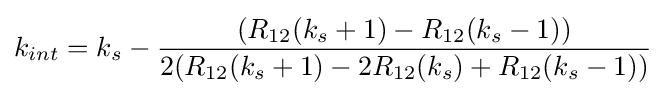
k_{int}=k_{s}-{\frac {(R_{12}(k_{s}+1)-R_{12}(k_{s}-1))}{2(R_{12}(k_{s}+1)-2R_{12}(k_{s})+R_{12}(k_{s}-1))}}